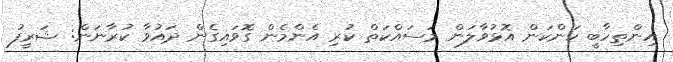
އިންތިހާބީ ކަންކަން އޮޅުވާލަން މަސައްކަތް ކުރި އެންމެން ގޮވައިގެން ދައުވާ ކުރާނަން: ޝަރީފު